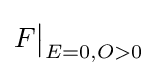
F{\big |}_{E=0,O>0}